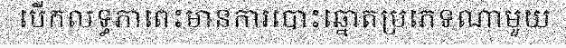
បើកលទ្ធភាពេះមានការបោះឆ្នោតប្រភេទណាមួយ